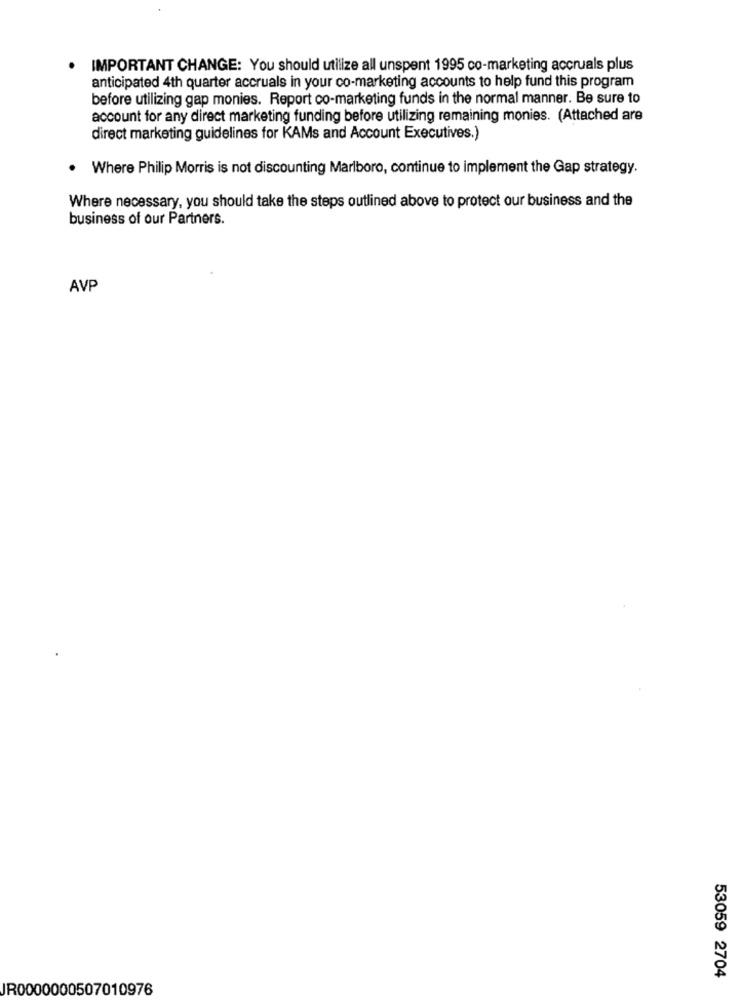
· IMPORTANT CHANGE: You should utilize all unspent 1995 co-marketing accruals plus
anticipated 4th quarter accruals in your co-marketing accounts to help fund this program
before utilizing gap monies. Report co-marketing funds in the normal manner. Be sure to
account for any direct marketing funding before utilizing remaining monies. (Attached are
direct marketing guidelines for KAMs and Account Executives.)
. Where Philip Morris is not discounting Marlboro, continue to implement the Gap strategy.
Where necessary, you should take the steps outlined above to protect our business and the
business of our Partners.
AVP
53059 2704
IR0000000507010976